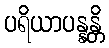
ပရိယာပန္နန္တိ